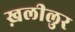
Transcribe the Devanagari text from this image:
ख़लीलुर